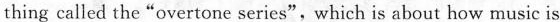
thing called the "overtone series", which is about how music is